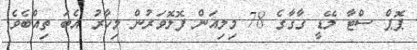
ޕޮޕް ސްޓާ ލޭޑީ ގާގާގެ 78 މިލިއަން ފޮލޮވަރުން މިހާރު އެބަ ތިއްބެވެ.